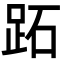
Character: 跖